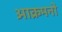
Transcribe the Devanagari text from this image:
आक्रमनो